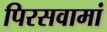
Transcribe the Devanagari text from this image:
पिरसवामां